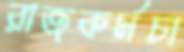
রাজকর্মচা